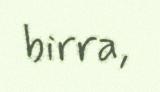
birra,